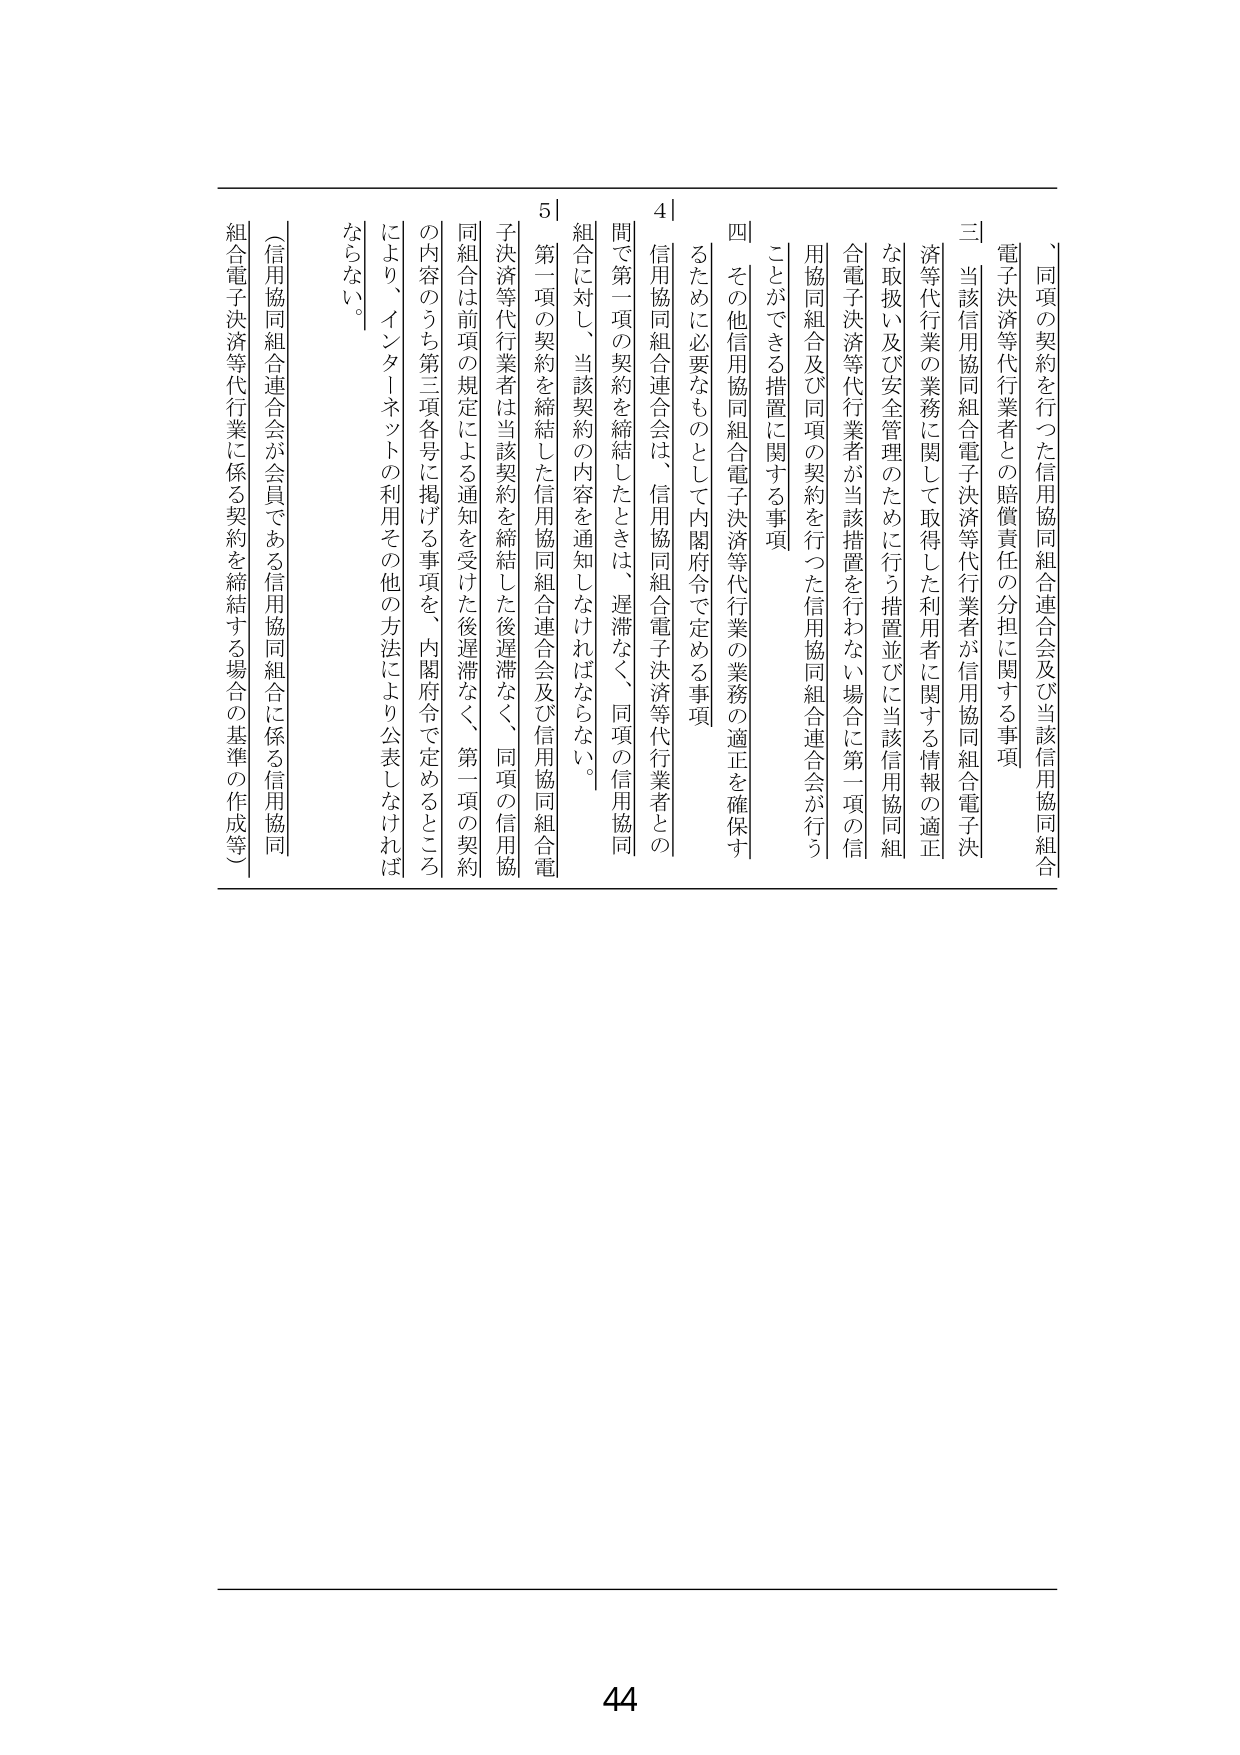
、同項の契約を行った信用協同組合連合会及び当該信用協同組合
電子決済等代行業者との賠償責任の分担に関する事項
三 当該信用協同組合電子決済等代行業者が信用協同組合電子決
済等代行業の業務に関して取得した利用者に関する情報の適正
な取扱い及び安全管理のために行う措置並びに当該信用協同組
合電子決済等代行業者が当該措置を行わない場合に第一項の信
用協同組合及び同項の契約を行った信用協同組合連合会が行う
ことができる措置に関する事項
四 その他信用協同組合電子決済等代行業の業務の適正を確保す
るために必要なものとして内閣府令で定める事項
4|
信用協同組合連合会は、信用協同組合電子決済等代行業者との
間で第一項の契約を締結したときは、遅滞なく、同項の信用協同
組合に対し、当該契約の内容を通知しなければならない。
5|
第一項の契約を締結した信用協同組合連合会及び信用協同組合電
子決済等代行業者は当該契約を締結した後遅滞なく、同項の信用協
同組合は前項の規定による通知を受けた後遅滞なく、第一項の契約
の内容のうち第三項各号に掲げる事項を、内閣府令で定めるところ
により、インターネットの利用その他の方法により公表しなければ
ならない。
（信用協同組合連合会が会員である信用協同組合に係る信用協同
組合電子決済等代行業に係る契約を締結する場合の基準の作成等）
44